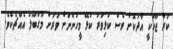
ކަރާ ޖޫހަކީ އާދަކޮށް ވެސް ކުޅިވަރު ކުޅޭ މީހުންނަށް ވަރަށް މަގްބޫލު އެއްޗެކެވެ.